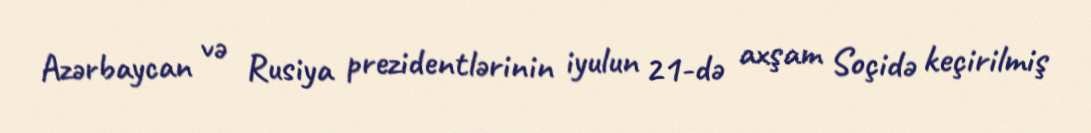
Azərbaycan və Rusiya prezidentlərinin iyulun 21-də axşam Soçidə keçirilmiş